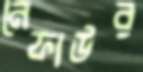
নেফাউর